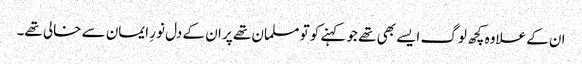
ان کے علاوہ کچھ لوگ ایسے بھی تھے جو کہنے کو تو مسلمان تھے پر ان کے دل نورِ ایمان سے خالی تھے۔